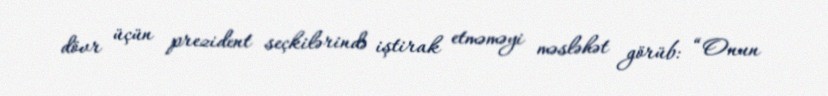
dövr üçün prezident seçkilərində iştirak etməməyi məsləhət görüb: “Onun